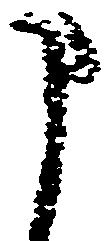
申